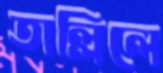
তাল্লিলে